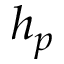
h _ { p }